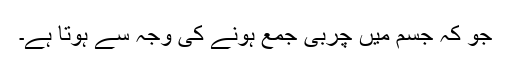
جو کہ جسم میں چربی جمع ہونے کی وجہ سے ہوتا ہے۔